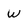
Character: W